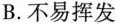
B.不易挥发